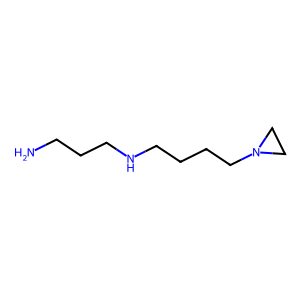
SMILES: NCCCNCCCCN1CC1
Inhibits HIV replication: No